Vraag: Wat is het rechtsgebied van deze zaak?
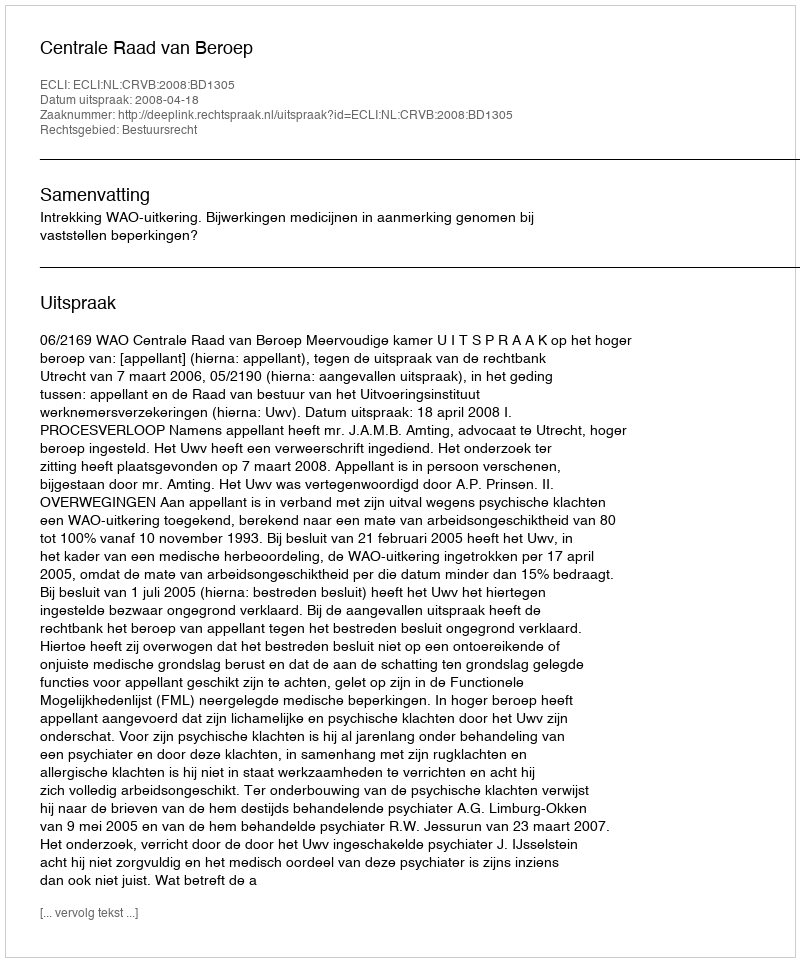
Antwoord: Bestuursrecht